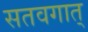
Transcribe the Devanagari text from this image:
सतवगात्